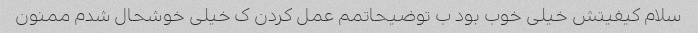
سلام کیفیتش خیلی خوب بود ب توضیحاتمم عمل کردن ک خیلی خوشحال شدم ممنون